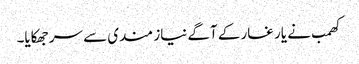
کھمب نے یار غار کے آگے نیاز مندی سے سر جھکایا۔